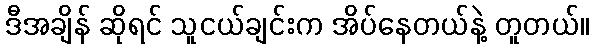
ဒီအချိန် ဆိုရင် သူငယ်ချင်းက အိပ်နေတယ်နဲ့ တူတယ်။